Vaccination in Bombay 1869-1873 - 1869-1873
Year: 1869
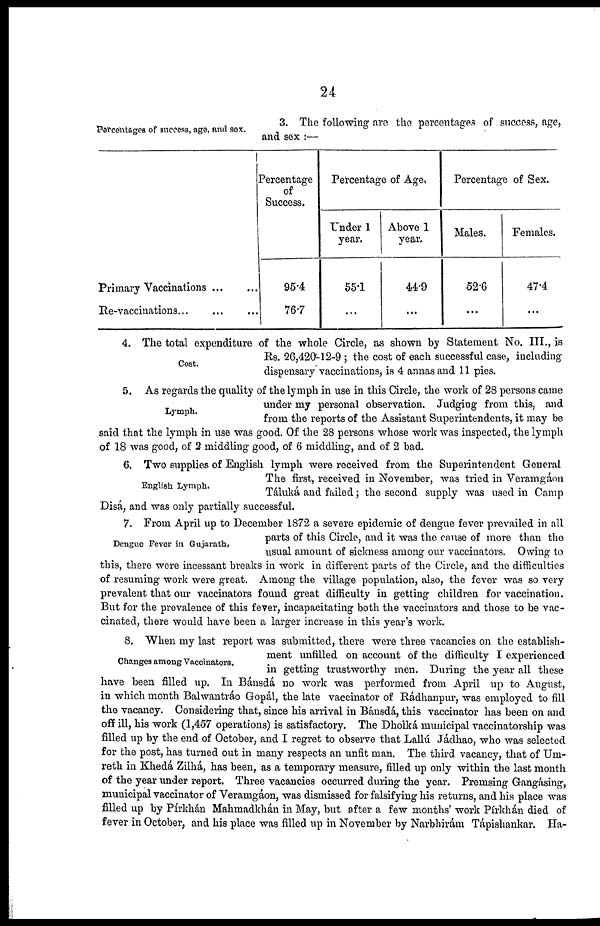
24
Percentages of success, age, and sex.
3. The following are the percentages of success, age,
and sex :—
Primary Vaccinations ... ...
Re-vaccinations
...
...
...
Percentage
of
Success.
95.4
76.7
Percentage of Age.
Under 1
year.
55.1
...
Above 1
year.
44.9
...
Percentage of Sex.
Males.
52.6
...
Females.
47.4
...
Cost.
4. The total expenditure of the whole Circle, as shown by Statement No. III., is
Rs. 26,420-12-9 ; the cost of each successful case, including
dispensary vaccinations, is 4 annas and 11 pies.
Lymph.
5. As regards the quality of the lymph in use in this Circle, the work of 28 persons came
under my personal observation. Judging from this, and
from the reports of the Assistant Superintendents, it may be
said that the lymph in use was good. Of the 28 persons whose work was inspected, the lymph
of 18 was good, of 2 middling good, of 6 middling, and of 2 bad.
English Lymph.
6. Two supplies of English lymph were received from the Superintendent General
The first, received in November, was tried in Veramgáon
Táluká and failed; the second supply was used in Camp
Disá, and was only partially successful.
Dengue Fever in Gujarath,
7. From April up to December 1872 a severe epidemic of dengue fever prevailed in all
parts of this Circle, and it was the cause of more than the
usual amount of sickness among our vaccinators. Owing to
this, there were incessant breaks in work in different parts of the Circle, and the difficulties
of resuming work were great. Among the village population, also, the fever was so very
prevalent that our vaccinators found great difficulty in getting children for vaccination.
But for the prevalence of this fever, incapacitating both the vaccinators and those to be vac-
cinated, there would have been a larger increase in this year's work.
Changes among Vaccinators.
8. When my last report was submitted, there were three vacancies on the establish-
ment unfilled on account of the difficulty I experienced
in getting trustworthy men. During the year all these
have been filled up. In Bánsdá no work was performed from April up to August,
in which month Balwantráo Gopál, the late vaccinator of Rádhanpur, was employed to fill
the vacancy. Considering that, since his arrival in Bánsdá, this vaccinator has been on and
off ill, his work (1,457 operations) is satisfactory. The Dholká municipal vaccinatorship was
filled up by the end of October, and I regret to observe that Lallú Jádhao, who was selected
for the post, has turned out in many respects an unfit man. The third vacancy, that of Um-
reth in Khedá Zilhá, has been, as a temporary measure, filled up only within the last month
of the year under report. Three vacancies occurred during the year. Premsing Gangasing,
municipal vaccinator of Veramgáon, was dismissed for falsifying his returns, and his place was
filled up by Pírkhán Mahmadkhán in May, but after a few months' work Pírkhán died of
fever in October, and his place was filled up in November by Narbhirám Tápishankar. Ha-